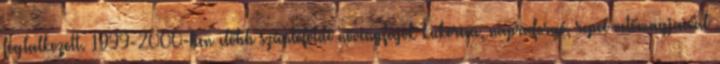
foglalkozott. 1999-2000-ben előbb szántóföldi növényfajok kukorica, napraforgó, repce vetőmagjaival